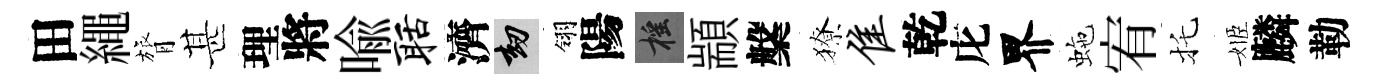
田繩膂甚理將喩聒濟劫翎陽摇顓槃獠隹乾庀界虵宥托姬麟勒